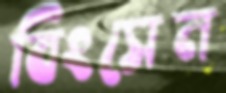
বিংসেন